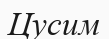
Цусим